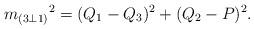
LaTeX: \begin{align*}{m_{(3\bot 1)}}^2 = (Q_1 - Q_3)^2 + (Q_2 - P)^2.\end{align*}